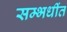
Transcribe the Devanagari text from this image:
सम्भधींत